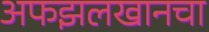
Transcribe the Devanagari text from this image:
अफझलखानचा